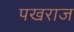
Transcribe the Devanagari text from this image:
पखराज